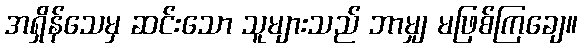
အရှိန်သေမှ ဆင်းသော သူများသည် ဘာမျှ မဖြစ်ကြချေ။